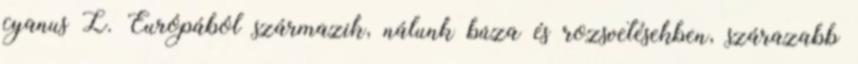
cyanus L. Európából származik, nálunk búza és rozsvetésekben, szárazabb